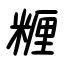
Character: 糎